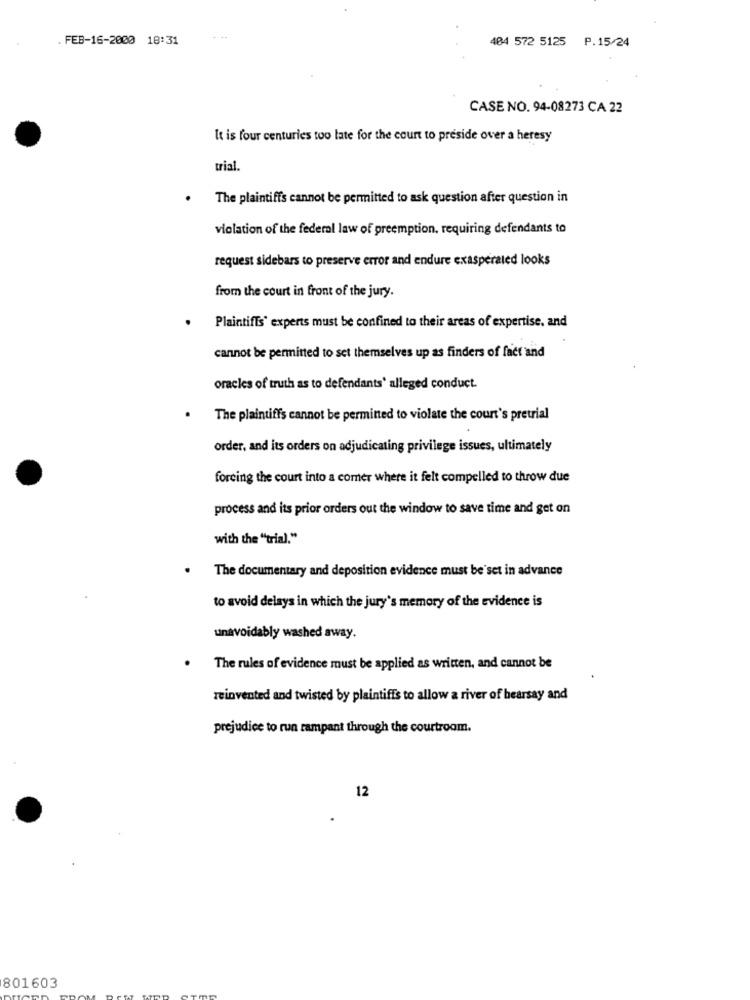
. FEB-16-2000 18:31
404 572 5125 P.15/24
CASE NO. 94-08273 CA 22
It is four centuries too late for the court to preside over a heresy
trial.
The plaintiffs cannot be permitted to ask question after question in
violation of the federal law of preemption, requiring defendants to
request sidebars to preserve error and endure exasperated looks
from the court in front of the jury.
. Plaintiffs' experts must be confined to their areas of expertise, and
cannot be permitted to set themselves up as finders of fact and
oracles of truth as to defendants' alleged conduct.
The plaintiffs cannot be permitted to violate the court's pretrial
order, and its orders on adjudicating privilege issues, ultimately
forcing the court into a comer where it felt compelled to throw due
process and its prior orders out the window to save time and get on
with the "trial."
The documentary and deposition evidence must be set in advance
to avoid delays in which the jury's memory of the evidence is
unavoidably washed away.
The rules of evidence must be applied as written, and cannot be
reinvented and twisted by plaintiffs to allow a river of hearsay and
prejudice to run rampant through the courtroom.
12
801603